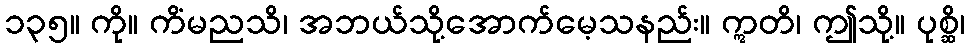
၁၃၅။ ကို။ ကိံမညသိ၊ အဘယ်သို့အောက်မေ့သနည်း။ ဣတိ၊ ဤသို့။ ပုစ္ဆိ၊